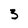
Character: 3